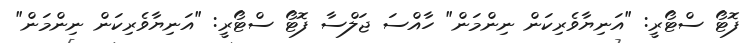
ފޮޓޯ ސްޓޯރީ: "އަނިޔާވެރިކަން ނިންމަން" ހާއްސަ ޖަލްސާ ފޮޓޯ ސްޓޯރީ: "އަނިޔާވެރިކަން ނިންމަން"